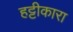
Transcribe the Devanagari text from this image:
हट्टीकारा